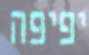
יפיפה